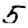
Digit: 5